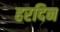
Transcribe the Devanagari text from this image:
हरदिन